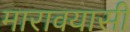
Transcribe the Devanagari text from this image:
मारावयासी